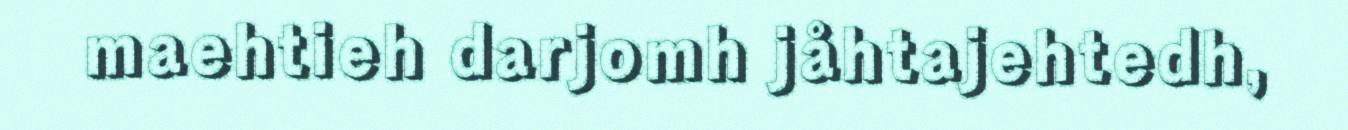
maehtieh darjomh jåhtajehtedh,